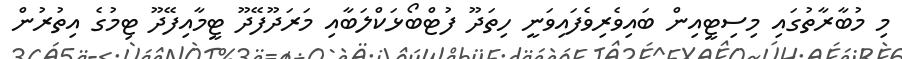
މި މުބާރާތުގައި މިސިޓީއިން ބައިވެރިވެފައިވަނީ ހިތަދޫ ފުޓްބޯޅަކްލަބާއި މަރަދޫފޭދޫ ޓީމާއިފޭދޫ ޓިމުގެ އިތުރުން